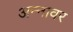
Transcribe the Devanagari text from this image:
अन्‍नावर